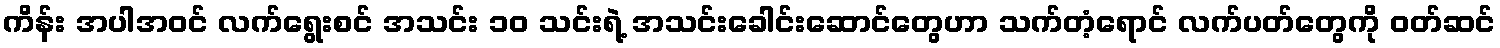
ကိန်း အပါအဝင် လက်ရွေးစင် အသင်း ၁၀ သင်းရဲ့ အသင်းခေါင်းဆောင်တွေဟာ သက်တံ့ရောင် လက်ပတ်တွေကို ဝတ်ဆင်